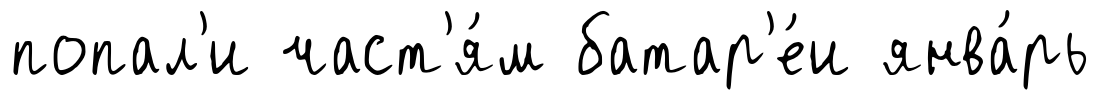
попал'и част'я́м батар'е́и янва́рь